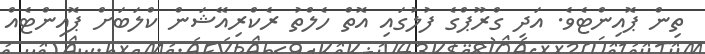
ތިން ޕޮއިންޓެވެ. އަދި ގްރޫޕްގެ ފުލުގައި އޮތް ހެލްތު ރެކްރިއޭޝަން ކްލަބަށް ޕޮއިންޓެއް